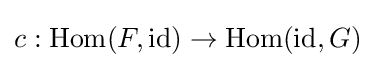
c:\operatorname {Hom} (F,\operatorname {id)} \to \operatorname {Hom} (\operatorname {id} ,G)